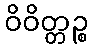
ဝိဝိတ္တဉ္စ